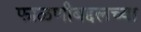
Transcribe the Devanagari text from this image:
फाळणीबद्दलच्या